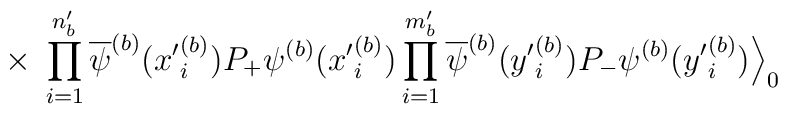
\times\;\prod_{i=1}^{n^\prime_b} \overline{\psi}^{(b)}({x^\prime}^{(b)}_i) P_+ \psi^{(b)}({x^\prime}^{(b)}_i)\prod_{i=1}^{m^\prime_b} \overline{\psi}^{(b)}({y^\prime}^{(b)}_i) P_- \psi^{(b)}({y^\prime}^{(b)}_i) \Big\rangle_0